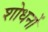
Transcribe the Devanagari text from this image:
शोधनों